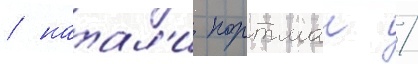
/ натал'и портман /